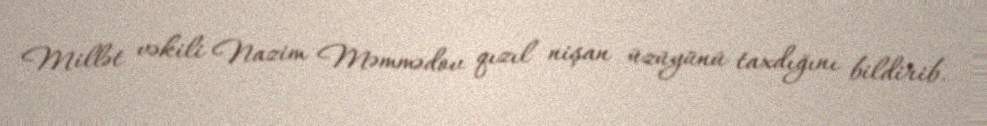
Millət vəkili Nazim Məmmədov qızıl nişan üzüyünü taxdığını bildirib.